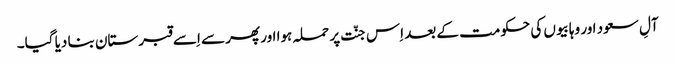
آلِ سعود اور وہابیوں کی حکومت کے بعد اِس جنّت پر حملہ ہوا اور پھر سے اِسے قبرستان بنا دیا گیا۔